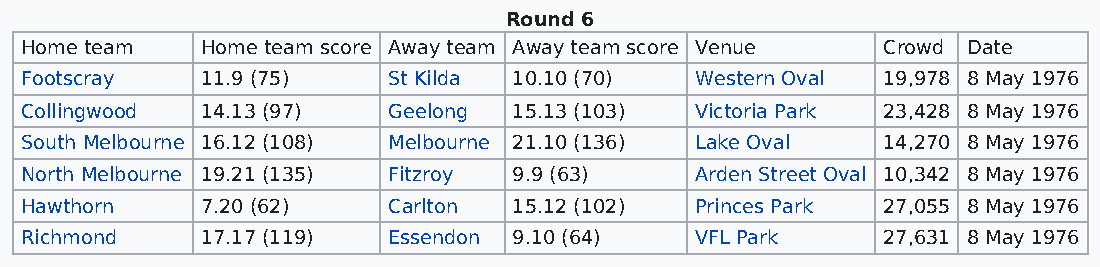
Round 6
 Home team   Home team score Away team Away team score Venue Crowd Date
 Footscray   11.9 (75)    St Kilda 10.10 (70) Western Oval 19,978 8 May 1976
 Collingwood 14.13 (97)   Geelong 15.13 (103) Victoria Park 23,428 8 May 1976
 South Melbourne 16.12 (108) Melbourne 21.10 (136) Lake Oval 14,270 8 May 1976
 North Melbourne 19.21 (135) Fitzroy 9.9 (63) Arden Street Oval 10,342 8 May 1976
 Hawthorn    7.20 (62)    Carlton 15.12 (102) Princes Park 27,055 8 May 1976
 Richmond    17.17 (119)  Essendon 9.10 (64)  VFL Park    27,631 8 May 1976